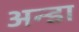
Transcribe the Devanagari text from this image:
अन्डा